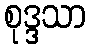
စုဒ္ဒသာ